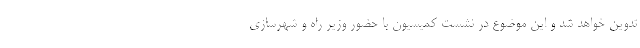
تدوین خواهد شد و این موضوع در نشست کمیسیون با حضور وزیر راه و شهرسازی